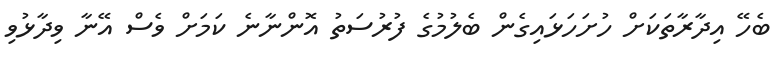
ބެހޭ އިދާރާތަކަށް ހުށަހަޅައިގެން ބެލުމުގެ ފުރުސަތު އޮންނާނެ ކަމަށް ވެސް އޭނާ ވިދާޅުވި